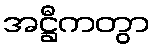
အဋ္ဌီကတွာ